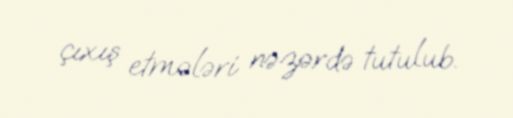
çıxış etmələri nəzərdə tutulub.